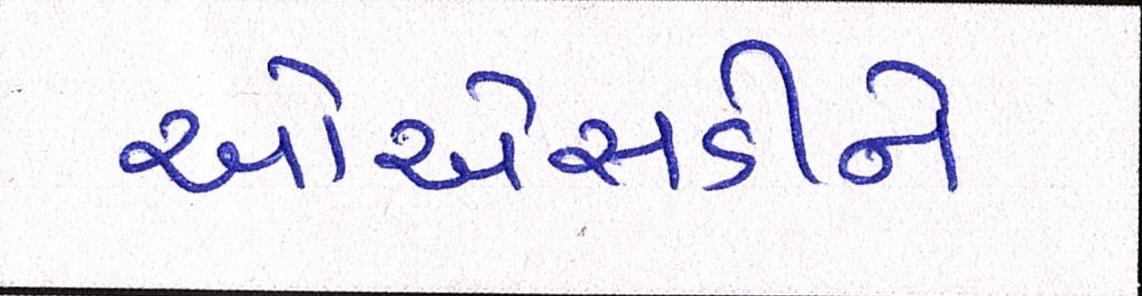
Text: ઓએસડીને